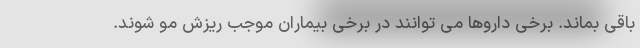
باقی بماند. برخی داروها می توانند در برخی بیماران موجب ریزش مو شوند.